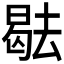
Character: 𭧑